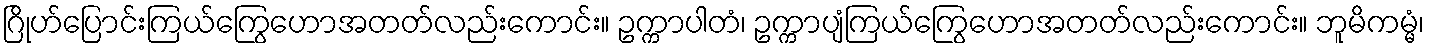
ဂြိုဟ်ပြောင်းကြယ်ကြွေဟောအတတ်လည်းကောင်း။ ဥက္ကာပါတံ၊ ဥက္ကာပျံကြယ်ကြွေဟောအတတ်လည်းကောင်း။ ဘူမိကမ္မံ၊